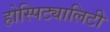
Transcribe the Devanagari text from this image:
होस्पिट्यालिटी